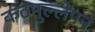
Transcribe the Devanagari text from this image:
कठमुल्लेपन